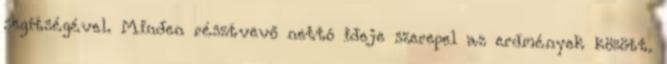
segítségével. Minden résztvevő nettó ideje szerepel az erdmények között.